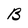
Character: B